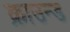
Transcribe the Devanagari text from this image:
क्राउन्ड